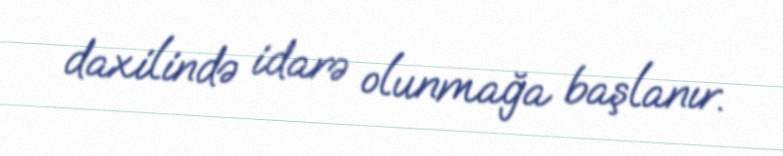
daxilində idarə olunmağa başlanır.